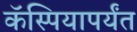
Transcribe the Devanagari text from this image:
कॅस्पियापर्यंत